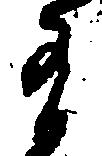
有